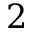
2